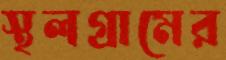
স্থলগ্রামের